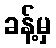
ခန့်မှ